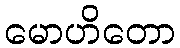
မောဟိတော